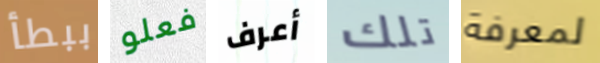
ببطأ فعلو أعرف تلك لمعرفة